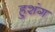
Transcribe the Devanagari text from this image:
हुशंग